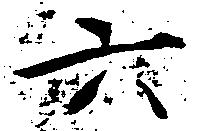
六